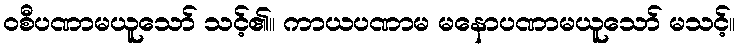
ဝစီပဏာမယူသော် သင့်၏။ ကာယပဏာမ မနောပဏာမယူသော် မသင့်။